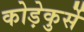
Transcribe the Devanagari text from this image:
कोड़ेकुर्से